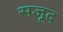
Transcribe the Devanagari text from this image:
सजूद